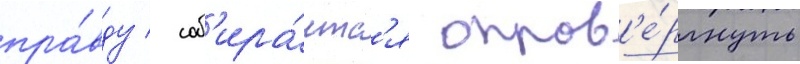
пра́вду / соб'ира́етс'я опров'е́ргнуть